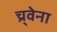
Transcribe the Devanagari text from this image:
च्र्वेना